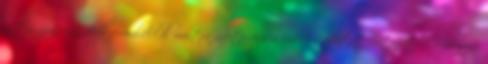
aktusában mágikus formulákkal mantra nyerte vissza emberi tudatát Satapatha-Bráhmana